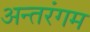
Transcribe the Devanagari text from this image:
अन्तरंगम